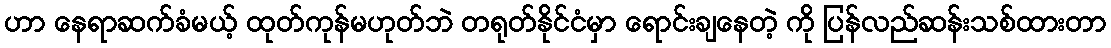
ဟာ နေရာဆက်ခံမယ့် ထုတ်ကုန်မဟုတ်ဘဲ တရုတ်နိုင်ငံမှာ ရောင်းချနေတဲ့ ကို ပြန်လည်ဆန်းသစ်ထားတာ